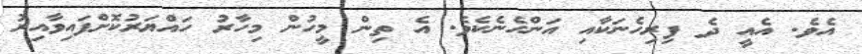
އެވެ. އެއީ ދެ ފިރިހެނަކާއި އަންހެނެކެވެ. އެ ތިން މީހުން މިހާރު ހައްޔަރުކޮށްފައިވާއިރު